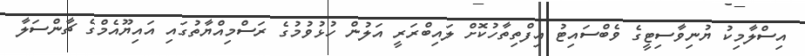
އިސްލާމިކު ޔުނިވާސިޓީގެ ވެބްސައިޓު އިފްތިތާހުކޮށް ލައިބްރަރީ އަލުން ހުޅުވުމުގެ ރަސްމިއްޔާތުގައި އައިޔޫއެމްގެ ޗާންސަލާ